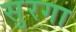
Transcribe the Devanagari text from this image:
सुरगा